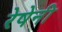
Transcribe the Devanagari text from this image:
रेषेनी